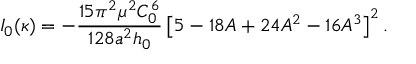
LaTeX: I _ { 0 } ( \kappa ) = - \frac { 1 5 \pi ^ { 2 } \mu ^ { 2 } C _ { 0 } ^ { 6 } } { 1 2 8 a ^ { 2 } h _ { 0 } } \left[ 5 - 1 8 A + 2 4 A ^ { 2 } - 1 6 A ^ { 3 } \right] ^ { 2 } .